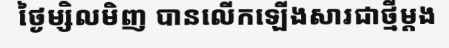
ថ្ងៃម្សិលមិញ បានលើកឡើងសារជាថ្មីម្តង